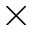
\times